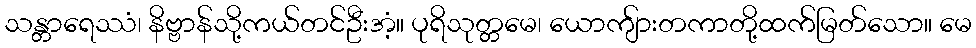
သန္တာရေဿံ၊ နိဗ္ဗာန်သို့ကယ်တင်ဦးအံ့။ ပုရိသုတ္တမေ၊ ယောကျ်ားတကာတို့ထက်မြတ်သော။ မေ